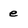
Character: e